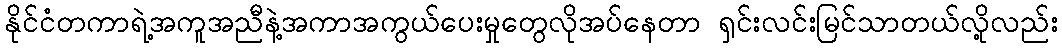
နိုင်ငံတကာရဲ့အကူအညီနဲ့အကာအကွယ်ပေးမှုတွေလိုအပ်နေတာ ရှင်းလင်းမြင်သာတယ်လို့လည်း